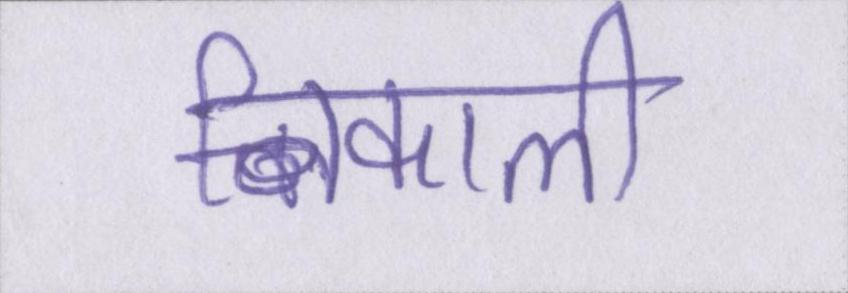
निकाली